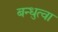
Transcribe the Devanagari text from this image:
बन्धुत्वा